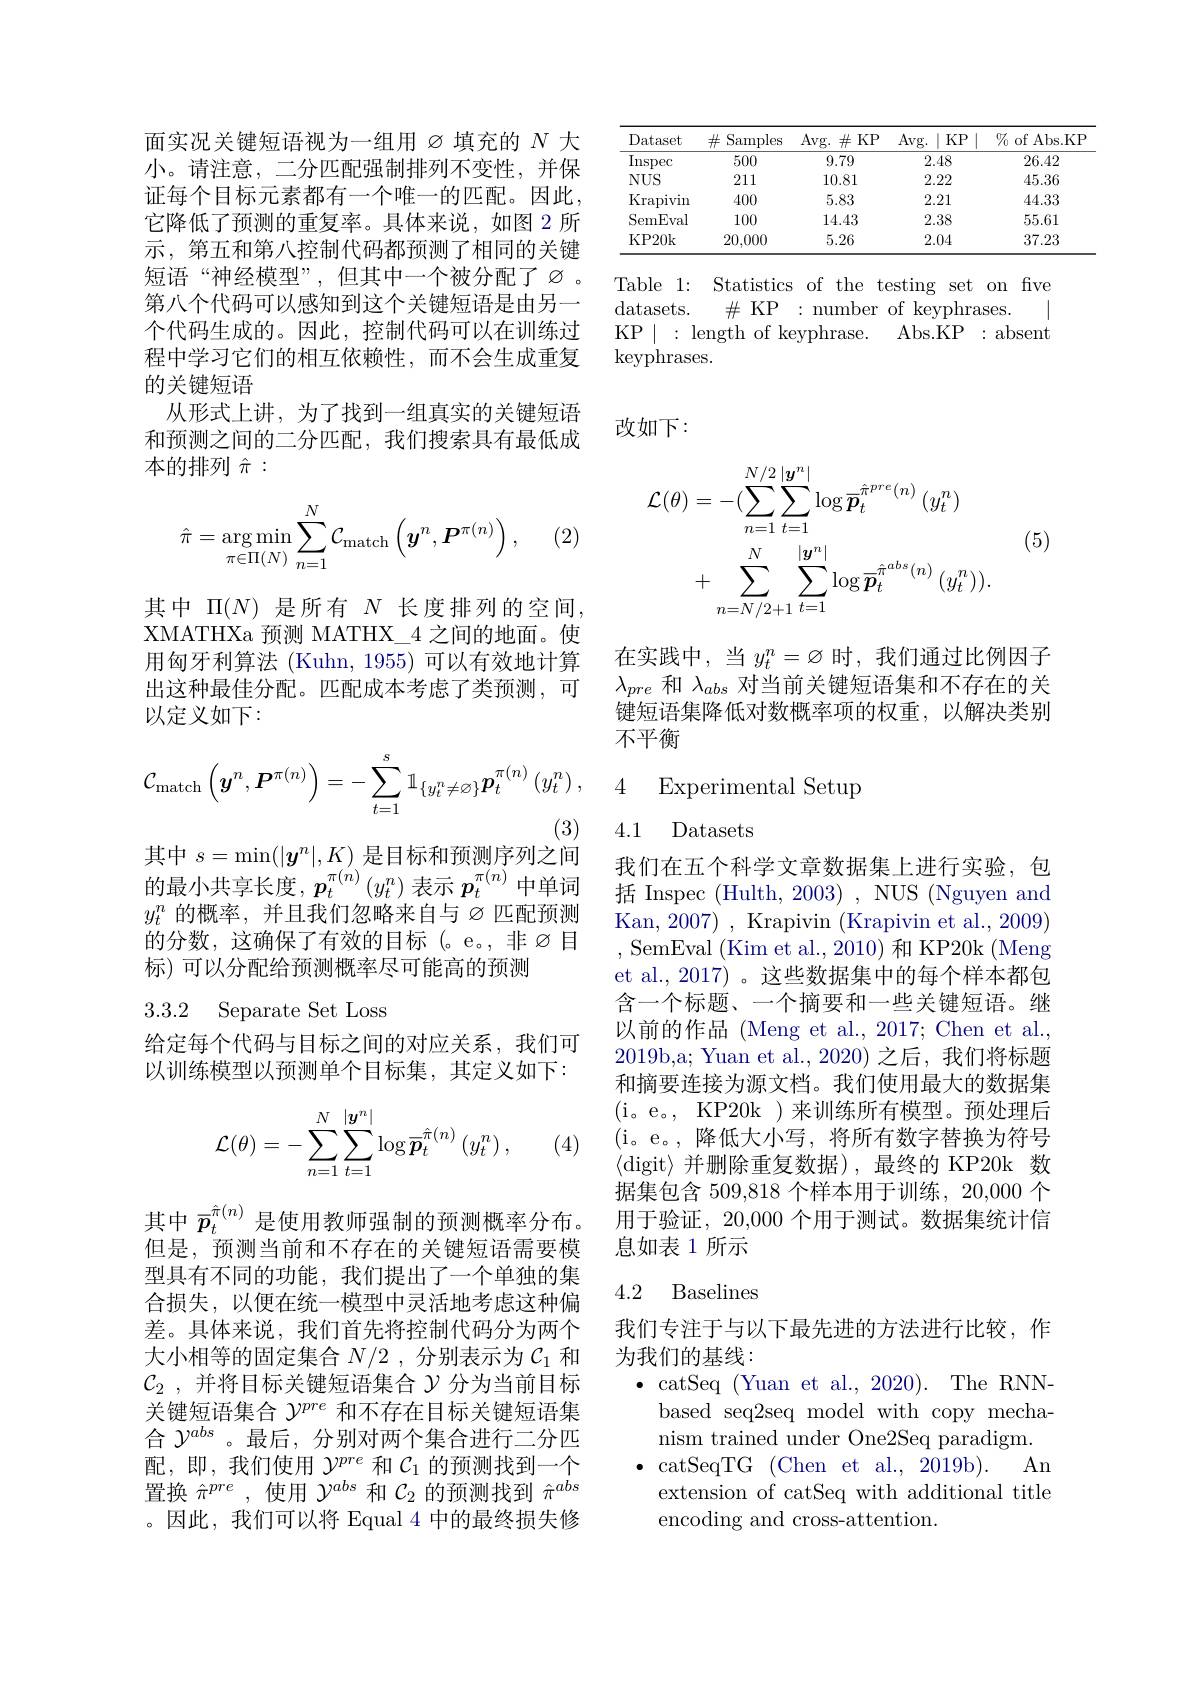
面实况关键短语视为一组用$\varnothing$填充的 $N$ 大小。请注意，二分匹配强制排列不变性，并保证每个目标元素都有一个唯一的匹配。因此， 它降低了预测的重复率。具体来说，如图 2 所示，第五和第八控制代码都预测了相同的关键短语“神经模型”,但其中一个被分配了$\varnothing$。第八个代码可以感知到这个关键短语是由另一个代码生成的。因此，控制代码可以在训练过程中学习它们的相互依赖性，而不会生成重复的关键短语
从形式上讲，为了找到一组真实的关键短语和预测之间的二分匹配，我们搜索具有最低成本的排列$\hat{\pi}:$

(2)
$$\hat{\pi}=\underset{\pi\in\Pi(N)}{\arg\min}\sum\limits_{n=1}^N\mathcal{C}_{\mathrm{match}}\left(\boldsymbol{y}^n,\boldsymbol{P}^{\pi(n)}\right),$$
其中$\Pi(N)$是所有$N$长度排列的空间， XMATHXa 预测 MATHX\_4 之间的地面。使用匈牙利算法 (Kuhn, 1955) 可以有效地计算出这种最佳分配。匹配成本考虑了类预测，可以定义如下：
$$\mathcal{C}_{\mathrm{match}}\left(\boldsymbol{y}^n,\boldsymbol{P}^{\pi(n)}\right)=-\sum_{t=1}^s\mathbb{1}_{\{y_t^n\neq\varnothing\}}\boldsymbol{p}_t^{\pi(n)}\left(y_t^n\right),$$
其中$s=\operatorname*{min}(|\boldsymbol{y}^{n}|,K)$是目标和预测序列之间

的最小共享长度，$p_t^{\pi(n)}(y_t^n)$表示$p_t^{\pi(n)}$中单词$y_t^n$ 的概率，并且我们忽略来自与$\varnothing$匹配预测的分数，这确保了有效的目标(。e。,非$\varnothing$目标) 可以分配给预测概率尽可能高的预测

3.3.2 Separate Set Loss

给定每个代码与目标之间的对应关系，我们可以训练模型以预测单个目标集，其定义如下：
$$\mathcal{L}(\theta)=-\sum_{n=1}^N\sum_{t=1}^{|\boldsymbol{y}^n|}\log\overline{\boldsymbol{p}}_t^{\hat{\pi}(n)}\left(y_t^n\right),$$
(4)

其中$\bar{p}_t^{\hat{\pi}(n)}$是使用教师强制的预测概率分布。但是，预测当前和不存在的关键短语需要模型具有不同的功能，我们提出了一个单独的集合损失，以便在统一模型中灵活地考虑这种偏差。具体来说，我们首先将控制代码分为两个大小相等的固定集合$N/2$ ,分别表示为$C_1$和$\mathcal{C}_2$ ,并将目标关键短语集合$\mathcal{Y}$分为当前目标关键短语集合$\gamma^{pre}$和不存在目标关键短语集合$\mathcal{Y}^{abs}$ 。最后，分别对两个集合进行二分匹配，即，我们使用$\mathcal{Y}^pre$和$\mathcal{C}_1$的预测找到一个置换$\hat{\pi}^{pre}$ ,使用$\mathcal{Y}^abs$和$\mathcal{C}_2$的预测找到$\hat{\pi}^{abs}$ 。因此，我们可以将 Equal 4 中的最终损失修

<table>
	<tbody>
		<tr>
			<th>Dataset</th>
			<th>$\operatorname{Samples}$ $\#$</th>
			<th>Avg. $\#$ KP</th>
			<th>Avg. KP </th>
			<th>$\%$ of Abs.KP</th>
		</tr>
		<tr>
			<td>Inspec</td>
			<td>500</td>
			<td>9.79</td>
			<td>2.48</td>
			<td>26.42</td>
		</tr>
		<tr>
			<td>$NUS$</td>
			<td>211</td>
			<td>10.81</td>
			<td>2.22</td>
			<td>45.36</td>
		</tr>
		<tr>
			<td>Krapivin</td>
			<td>400</td>
			<td>5.83</td>
			<td>2.21</td>
			<td>44.33</td>
		</tr>
		<tr>
			<td>SemEval</td>
			<td>100</td>
			<td>14.43</td>
			<td>2.38</td>
			<td>55.61</td>
		</tr>
		<tr>
			<td>KP20k</td>
			<td>20,000</td>
			<td>5.26</td>
			<td>2.04</td>
			<td>37.23</td>
		</tr>
	</tbody>
</table>

Table 1: Statistics of the testing set on fve
|
$\#$ KP:number of keyphrases
datasets.
KP$\mid:$length of keyphrase. Abs.KP:absent
keyphrases.

改如下：
$$\begin{aligned}\mathcal{L}(\theta)&=-(\sum_{n=1}^{N/2}\sum_{t=1}^{|\boldsymbol{y}^{n}|}\log\overline{\boldsymbol{p}}_{t}^{\hat{\pi}^{pre}(n)}\:(y_{t}^{n})\\&+\sum_{n=N/2+1}^{N}\sum_{t=1}^{|\boldsymbol{y}^{n}|}\log\overline{\boldsymbol{p}}_{t}^{\hat{\pi}^{abs}(n)}\:(y_{t}^{n})).\end{aligned}$$
(5)

在实践中，当$y_t^n=\varnothing$时，我们通过比例因子$\lambda_{pre}$和$\lambda_abs$对当前关键短语集和不存在的关键短语集降低对数概率项的权重，以解决类别不平衡

4 Experimental Setup

4.1 Datasets

我们在五个科学文章数据集上进行实验，包括 Inspec (Hulth, 2003) , NUS (Nguyen and Kan, 2007) , Krapivin (Krapivin et al., 2009) ,SemEval(Kim et al.,2010)和 KP20k(Meng et al., 2017) 。这些数据集中的每个样本都包含一个标题、一个摘要和一些关键短语。继以前的作品 (Meng et al., 2017; Chen et al., 2019b,a; Yuan et al., 2020) 之后，我们将标题和摘要连接为源文档。我们使用最大的数据集( i。e。, KP20k ) 来训练所有模型。预处理后(i。e。,降低大小写，将所有数字替换为符号$$\langle$digit》并删除重复数据),最终的 KP20k 数$ 据集包含 509,818 个样本用于训练，20,000 个用于验证，20,000 个用于测试。数据集统计信息如表 1 所示

### 4.2 Baselines

我们专注于与以下最先进的方法进行比较，作
为我们的基线：
$\bullet$ catSeq (Yuan et al., 2020). The RNNbased seq2seq model with copy mechanism trained under One2Seq paradigm. $\bullet$catSeqTG(Chenet al. , 2019b) . An
extension of catSeq with additional title
encoding and cross-attention.